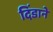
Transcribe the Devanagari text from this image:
दिंडाने